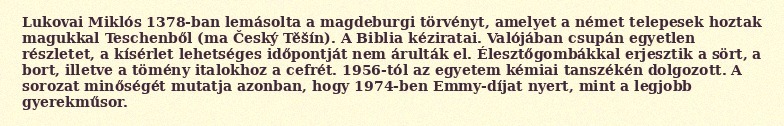
Lukovai Miklós 1378-ban lemásolta a magdeburgi törvényt, amelyet a német telepesek hoztak magukkal Teschenből (ma Český Těšín). A Biblia kéziratai. Valójában csupán egyetlen részletet, a kísérlet lehetséges időpontját nem árulták el. Élesztőgombákkal erjesztik a sört, a bort, illetve a tömény italokhoz a cefrét. 1956-tól az egyetem kémiai tanszékén dolgozott. A sorozat minőségét mutatja azonban, hogy 1974-ben Emmy-díjat nyert, mint a legjobb gyerekműsor.